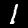
Label: 1